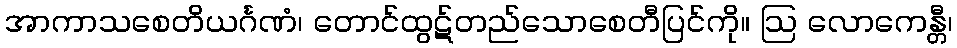
အာကာသစေတိယင်္ဂဏံ၊ တောင်ထွဋ်တည်သောစေတီပြင်ကို။ ဩ လောကေန္တီ၊